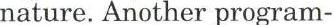
nature. Another program-